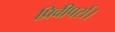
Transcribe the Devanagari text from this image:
प्रिवीपर्स।